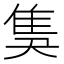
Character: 𨾗